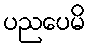
ပညပေမိ